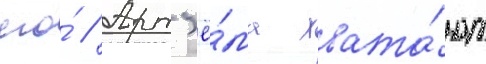
его́ // Арт'ё́ма хвата́ют